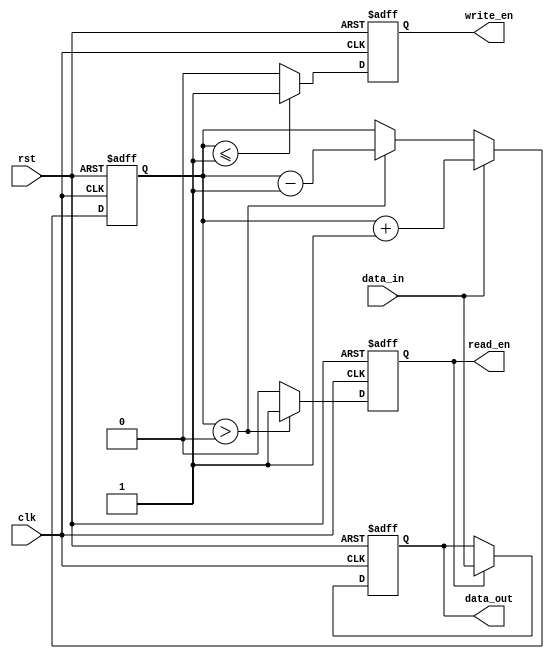
module almost_empty_fifo(
  input clk,
  input rst,
  
  input data_in,
  output reg data_out,
  
  output reg write_en,
  output reg read_en
);

reg [3:0] fill_level;

always @ (posedge clk or posedge rst) begin
  if (rst) begin
    fill_level <= 0;
    write_en <= 1;
    read_en <= 0;
  end else begin
    if (data_in) begin
      fill_level <= fill_level + 1;
    end else begin
      if (fill_level > 0) begin
        fill_level <= fill_level - 1;
      end
    end
    
    if (fill_level <= 1) begin
      write_en <= 1;
    end else begin
      write_en <= 0;
    end
    
    if (fill_level > 0) begin
      read_en <= 1;
    end else begin
      read_en <= 0;
    end
  end
end

always @ (posedge clk or posedge rst) begin
  if (rst) begin
    data_out <= 0;
  end else begin
    if (read_en) begin
      data_out <= data_in;
    end
  end
end

endmodule